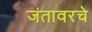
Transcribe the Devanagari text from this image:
जंतावरचे